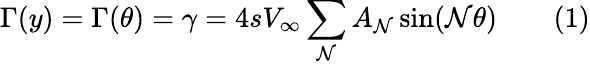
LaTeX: \Gamma(y)=\Gamma(\theta)=\gamma=4sV_{\infty}\sum_{\mathcal{N}}{A_{\mathcal{N}}\sin(\mathcal{N}\theta})\qquad(1)